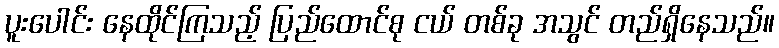
ပူးပေါင်း နေထိုင်ကြသည့် ပြည်ထောင်စု ငယ် တစ်ခု အသွင် တည်ရှိနေသည်။